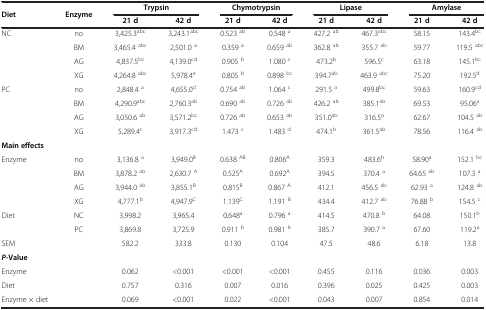
<table><thead><tr><td><b>Diet</b></td><td><b>Enzyme</b></td><td colspan="2"><b>Trypsin</b></td><td colspan="2"><b>Chymotrypsin</b></td><td colspan="2"><b>Lipase</b></td><td colspan="2"><b>Amylase</b></td></tr><tr><td><b> </b></td><td><b> </b></td><td><b>21 d</b></td><td><b>42 d</b></td><td><b>21 d</b></td><td><b>42 d</b></td><td><b>21 d</b></td><td><b>42 d</b></td><td><b>21 d</b></td><td><b>42 d</b></td></tr></thead><tbody><tr><td>NC</td><td>no</td><td>3,425.3<sup>abc</sup></td><td>3,243.1<sup>abc</sup></td><td>0.523 <sup>ab</sup></td><td>0.548 <sup>a</sup></td><td>427.2 <sup>ab</sup></td><td>467.3<sup>abc</sup></td><td>58.15</td><td>143.4<sup>bc</sup></td></tr><tr><td> </td><td>BM</td><td>3,465.4 <sup>abc</sup></td><td>2,501.0 <sup>a</sup></td><td>0.359 <sup>a</sup></td><td>0.659 <sup>ab</sup></td><td>362.8 <sup>ab</sup></td><td>355.7 <sup>ab</sup></td><td>59.77</td><td>119.5 <sup>abc</sup></td></tr><tr><td> </td><td>AG</td><td>4,837.5<sup>bc</sup></td><td>4,139.0<sup>cd</sup></td><td>0.905 <sup>b</sup></td><td>1.080 <sup>c</sup></td><td>473.2<sup>b</sup></td><td>596.5<sup>c</sup></td><td>63.18</td><td>145.1<sup>bc</sup></td></tr><tr><td> </td><td>XG</td><td>4,264.8 <sup>abc</sup></td><td>5,978.4<sup>e</sup></td><td>0.805 <sup>b</sup></td><td>0.898 <sup>bc</sup></td><td>394.7<sup>ab</sup></td><td>463.9 <sup>abc</sup></td><td>75.20</td><td>192.5<sup>d</sup></td></tr><tr><td>PC</td><td>no</td><td>2,848.4 <sup>a</sup></td><td>4,655.0<sup>d</sup></td><td>0.754 <sup>ab</sup></td><td>1.064 <sup>c</sup></td><td>291.5 <sup>a</sup></td><td>499.8<sup>bc</sup></td><td>59.63</td><td>160.9<sup>cd</sup></td></tr><tr><td> </td><td>BM</td><td>4,290.9<sup>abc</sup></td><td>2,760.3<sup>ab</sup></td><td>0.690 <sup>ab</sup></td><td>0.726 <sup>ab</sup></td><td>426.2 <sup>ab</sup></td><td>385.1<sup>ab</sup></td><td>69.53</td><td>95.06<sup>a</sup></td></tr><tr><td> </td><td>AG</td><td>3,050.6 <sup>ab</sup></td><td>3,571.2<sup>bc</sup></td><td>0.726 <sup>ab</sup></td><td>0.653 <sup>ab</sup></td><td>351.0<sup>ab</sup></td><td>316.5<sup>a</sup></td><td>62.67</td><td>104.5 <sup>ab</sup></td></tr><tr><td> </td><td>XG</td><td>5,289.4<sup>c</sup></td><td>3,917.3<sup>cd</sup></td><td>1.473 <sup>c</sup></td><td>1.483 <sup>d</sup></td><td>474.1<sup>b</sup></td><td>361.5<sup>ab</sup></td><td>78.56</td><td>116.4 <sup>ab</sup></td></tr><tr><td><b>Main effects</b></td><td> </td><td> </td><td> </td><td> </td><td> </td><td> </td><td> </td><td> </td><td> </td></tr><tr><td>Enzyme</td><td>no</td><td>3,136.8 <sup>a</sup></td><td>3,949.0<sup>B</sup></td><td>0.638 <sup>AB</sup></td><td>0.806<sup>A</sup></td><td>359.3</td><td>483.6<sup>b</sup></td><td>58.90<sup>a</sup></td><td>152.1 <sup>bc</sup></td></tr><tr><td> </td><td>BM</td><td>3,878.2 <sup>ab</sup></td><td>2,630.7 <sup>A</sup></td><td>0.525<sup>A</sup></td><td>0.692<sup>A</sup></td><td>394.5</td><td>370.4 <sup>a</sup></td><td>64.65 <sup>ab</sup></td><td>107.3 <sup>a</sup></td></tr><tr><td> </td><td>AG</td><td>3,944.0 <sup>ab</sup></td><td>3,855.1<sup>B</sup></td><td>0.815<sup>B</sup></td><td>0.867 <sup>A</sup></td><td>412.1</td><td>456.5 <sup>ab</sup></td><td>62.93 <sup>a</sup></td><td>124.8 <sup>ab</sup></td></tr><tr><td> </td><td>XG</td><td>4,777.1<sup>b</sup></td><td>4,947.9<sup>C</sup></td><td>1.139<sup>C</sup></td><td>1.191 <sup>B</sup></td><td>434.4</td><td>412.7 <sup>ab</sup></td><td>76.88 <sup>b</sup></td><td>154.5 <sup>c</sup></td></tr><tr><td>Diet</td><td>NC</td><td>3,998.2</td><td>3,965.4</td><td>0.648<sup>a</sup></td><td>0.796 <sup>a</sup></td><td>414.5</td><td>470.8 <sup>b</sup></td><td>64.08</td><td>150.1<sup>b</sup></td></tr><tr><td> </td><td>PC</td><td>3,869.8</td><td>3,725.9</td><td>0.911 <sup>b</sup></td><td>0.981 <sup>b</sup></td><td>385.7</td><td>390.7 <sup>a</sup></td><td>67.60</td><td>119.2<sup>a</sup></td></tr><tr><td>SEM</td><td> </td><td>582.2</td><td>333.8</td><td>0.130</td><td>0.104</td><td>47.5</td><td>48.6</td><td>6.18</td><td>13.8</td></tr><tr><td colspan="2"><b><i>P</i></b><b>-Value</b></td><td colspan="8"> </td></tr><tr><td colspan="2">Enzyme</td><td>0.062</td><td>&lt;0.001</td><td>&lt;0.001</td><td>&lt;0.001</td><td>0.455</td><td>0.116</td><td>0.036</td><td>0.003</td></tr><tr><td colspan="2">Diet</td><td>0.757</td><td>0.316</td><td>0.007</td><td>0.016</td><td>0.396</td><td>0.025</td><td>0.425</td><td>0.003</td></tr><tr><td colspan="2">Enzyme × diet</td><td>0.069</td><td>&lt;0.001</td><td>0.022</td><td>&lt;0.001</td><td>0.043</td><td>0.007</td><td>0.854</td><td>0.014</td></tr></tbody></table>